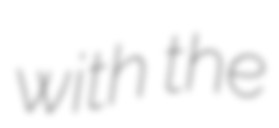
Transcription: with the